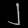
Digit: ၂